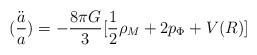
\begin{align*}(\frac{\ddot{a}}{a})=-\frac{8\pi G}{3}[\frac{1}{2}\rho_{M}+2p_{\Phi}+V(R)]\end{align*}